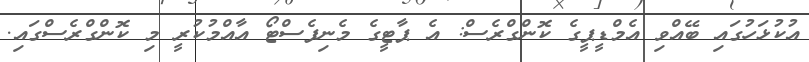
އުކުޅަހުގައި ބޭއްވި އެމްޑީޕީގެ ކޮންގްރެސް: އެ ޕާޓީގެ މެނިފެސްޓޯ އާއްމުކުރީ މި ކޮންގްރެސްގައި.